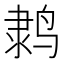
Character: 𬸗